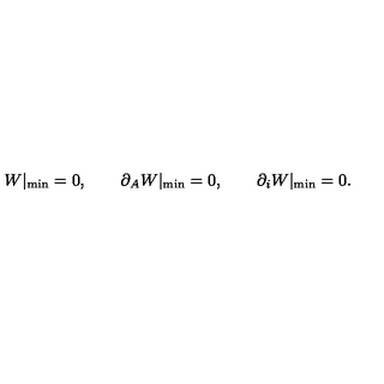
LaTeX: W | _ { \mathrm { m i n } } = 0 , \qquad \partial _ { A } W | _ { \mathrm { m i n } } = 0 , \qquad \partial _ { i } W | _ { \mathrm { m i n } } = 0 .